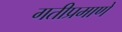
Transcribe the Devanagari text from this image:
गतीप्रमाणे